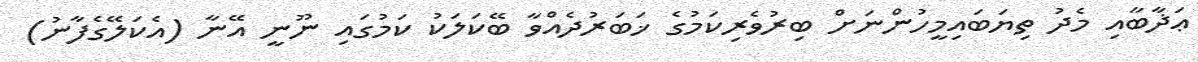
ޢަޛާބާއި މެދު ތިޔަބައިމީހުންނަށް ބިރުވެރިކަމުގެ ޚަބަރުދެއްވާ ބޭކަލަކު ކަމުގައި ނޫނީ އޭނާ (އެކަލޭގެފާނު)